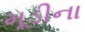
મૂડીના